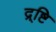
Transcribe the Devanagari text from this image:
द्र्ष्टि